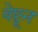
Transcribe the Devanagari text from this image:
वेष्टून